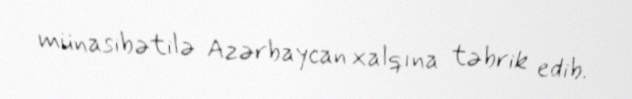
münasibətilə Azərbaycan xalqına təbrik edib.